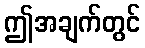
ဤအချက်တွင်